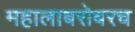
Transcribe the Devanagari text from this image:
महालाबरोबरच